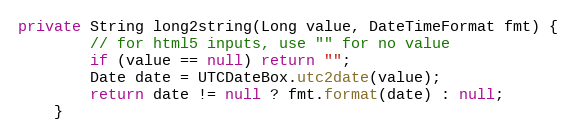
Language: Java
private String long2string(Long value, DateTimeFormat fmt) {
        // for html5 inputs, use "" for no value
        if (value == null) return "";
        Date date = UTCDateBox.utc2date(value);
        return date != null ? fmt.format(date) : null;
    }